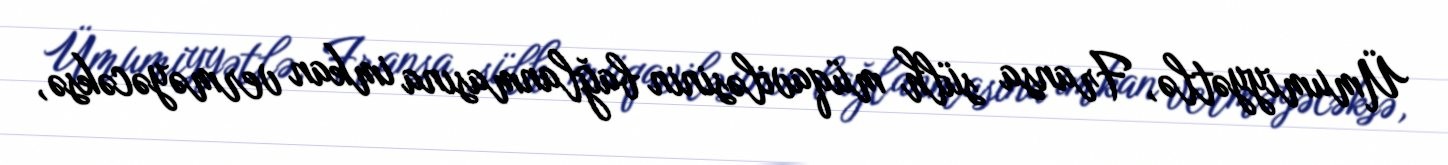
Ümumiyyətlə, Fransa sülh müqaviləsinin bağlanmasına imkan verməyəcəksə,